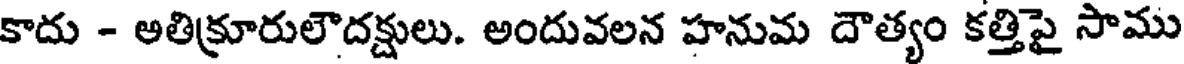
కాదు - అతిక్రూరులౌదక్షులు. అందువలన హనుమ దౌత్యం కత్తిపై సాము